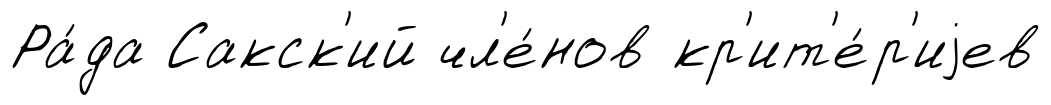
Ра́да Сакск'ий чл'е́нов кр'ит'е́р'иjев